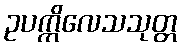
ဥပက္ကိလေသသုတ္တ